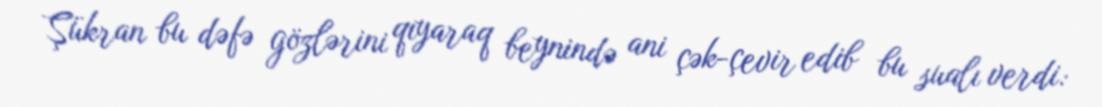
Şükran bu dəfə gözlərini qıyaraq beynində ani çək-çevir edib bu sualı verdi: